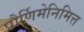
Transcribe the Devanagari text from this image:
पौर्णिमेनिमित्त